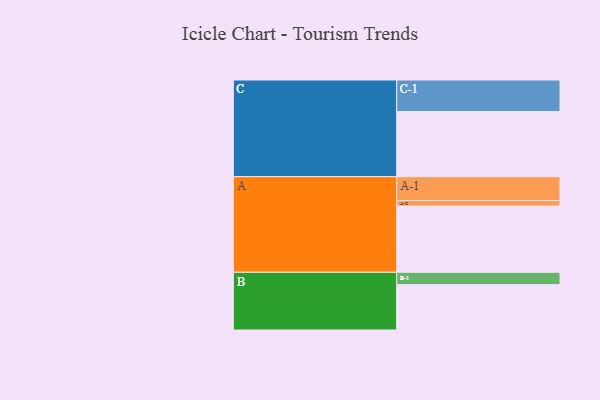
{"axis": {"x": "Segment", "y": "Value"}, "legend": ["", "A", "B", "C"], "data": [{"x": "A", "y": 595, "type": ""}, {"x": "B", "y": 408, "type": ""}, {"x": "C", "y": 585, "type": ""}, {"x": "A-1", "y": 215, "type": "A"}, {"x": "A-2", "y": 50, "type": "A"}, {"x": "B-1", "y": 111, "type": "B"}, {"x": "C-1", "y": 284, "type": "C"}]}